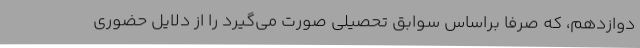
دوازدهم، که صرفاٌ براساس سوابق تحصیلی صورت می‌گیرد را از دلایل حضوری